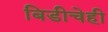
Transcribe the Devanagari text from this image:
बिडीचेही